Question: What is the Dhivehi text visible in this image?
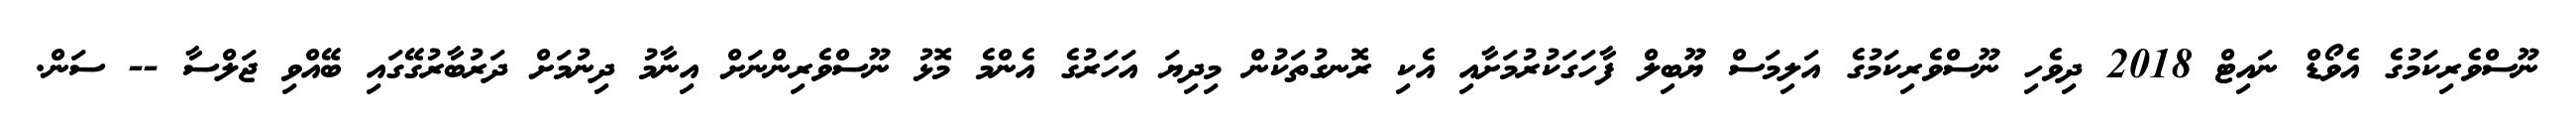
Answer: ނޫސްވެރިކަމުގެ އެވޯޑް ނައިޓް 2018 ދިވެހި ނޫސްވެރިކަމުގެ އަލިމަސް ޔޫބިލް ފާހަގަކުރުމަށާއި އެކި ރޮނގުތަކުން މިދިޔަ އަހަރުގެ އެންމެ މޮޅު ނޫސްވެރިންނަށް އިނާމު ދިނުމަށް ދަރުބާރުގޭގައި ބޭއްވި ޖަލްސާ -- ސަން.